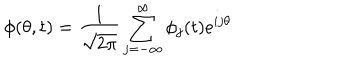
LaTeX: \phi ( \theta , t ) = { \frac { 1 } { \sqrt { 2 \pi } } } \sum _ { j = - \infty } ^ { \infty } \phi _ { j } ( t ) e ^ { i j \theta }